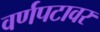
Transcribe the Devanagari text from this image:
वर्णपटावर